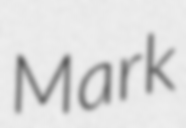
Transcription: Mark